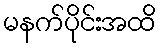
မနက်ပိုင်းအထိ